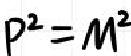
\(P^{2}=M^{2}\)